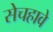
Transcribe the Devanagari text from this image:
सेचहावे